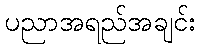
ပညာအရည်အချင်း